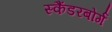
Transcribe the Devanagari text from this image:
स्कैंडरबोर्ग